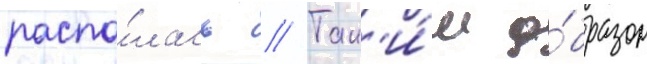
распа́лась // Так'и́м о́бразом